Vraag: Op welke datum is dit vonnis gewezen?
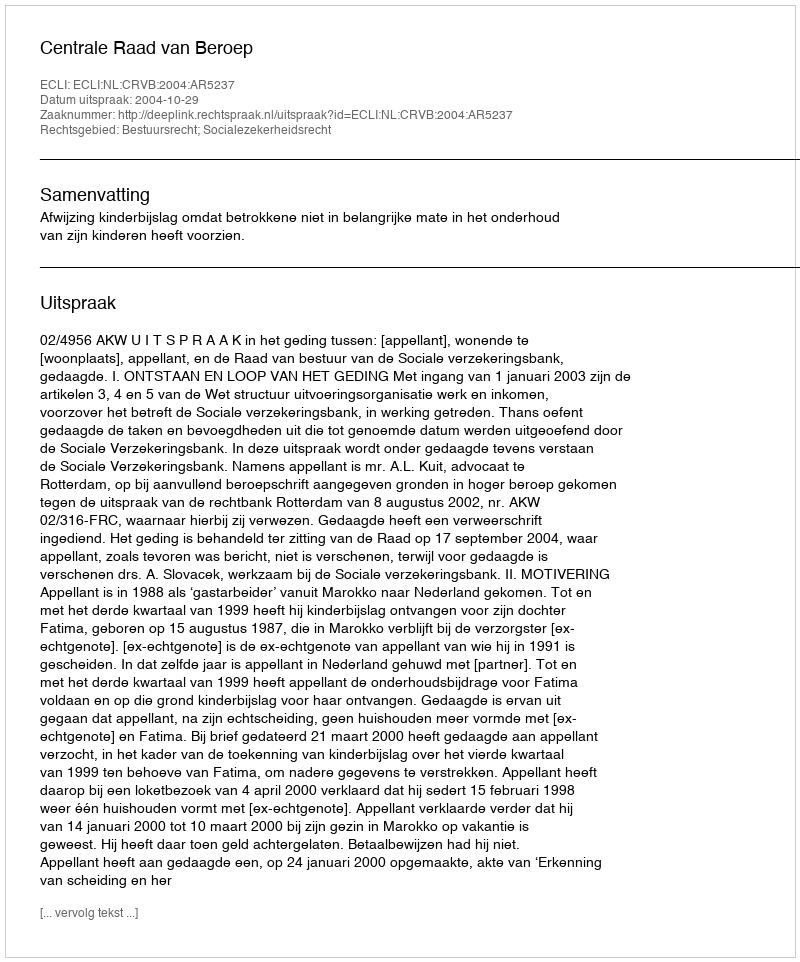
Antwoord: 2004-10-29